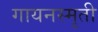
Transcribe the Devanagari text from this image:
गायनस्मृती